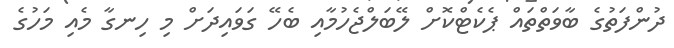
ދުންފަތުގެ ބާވަތްތައް ޕެކެޓްކޮށް ލޭބަލްޖެހުމާއި ބެހޭ ގަވައިދަށް މި ހިނގާ މެއި މަހުގެ